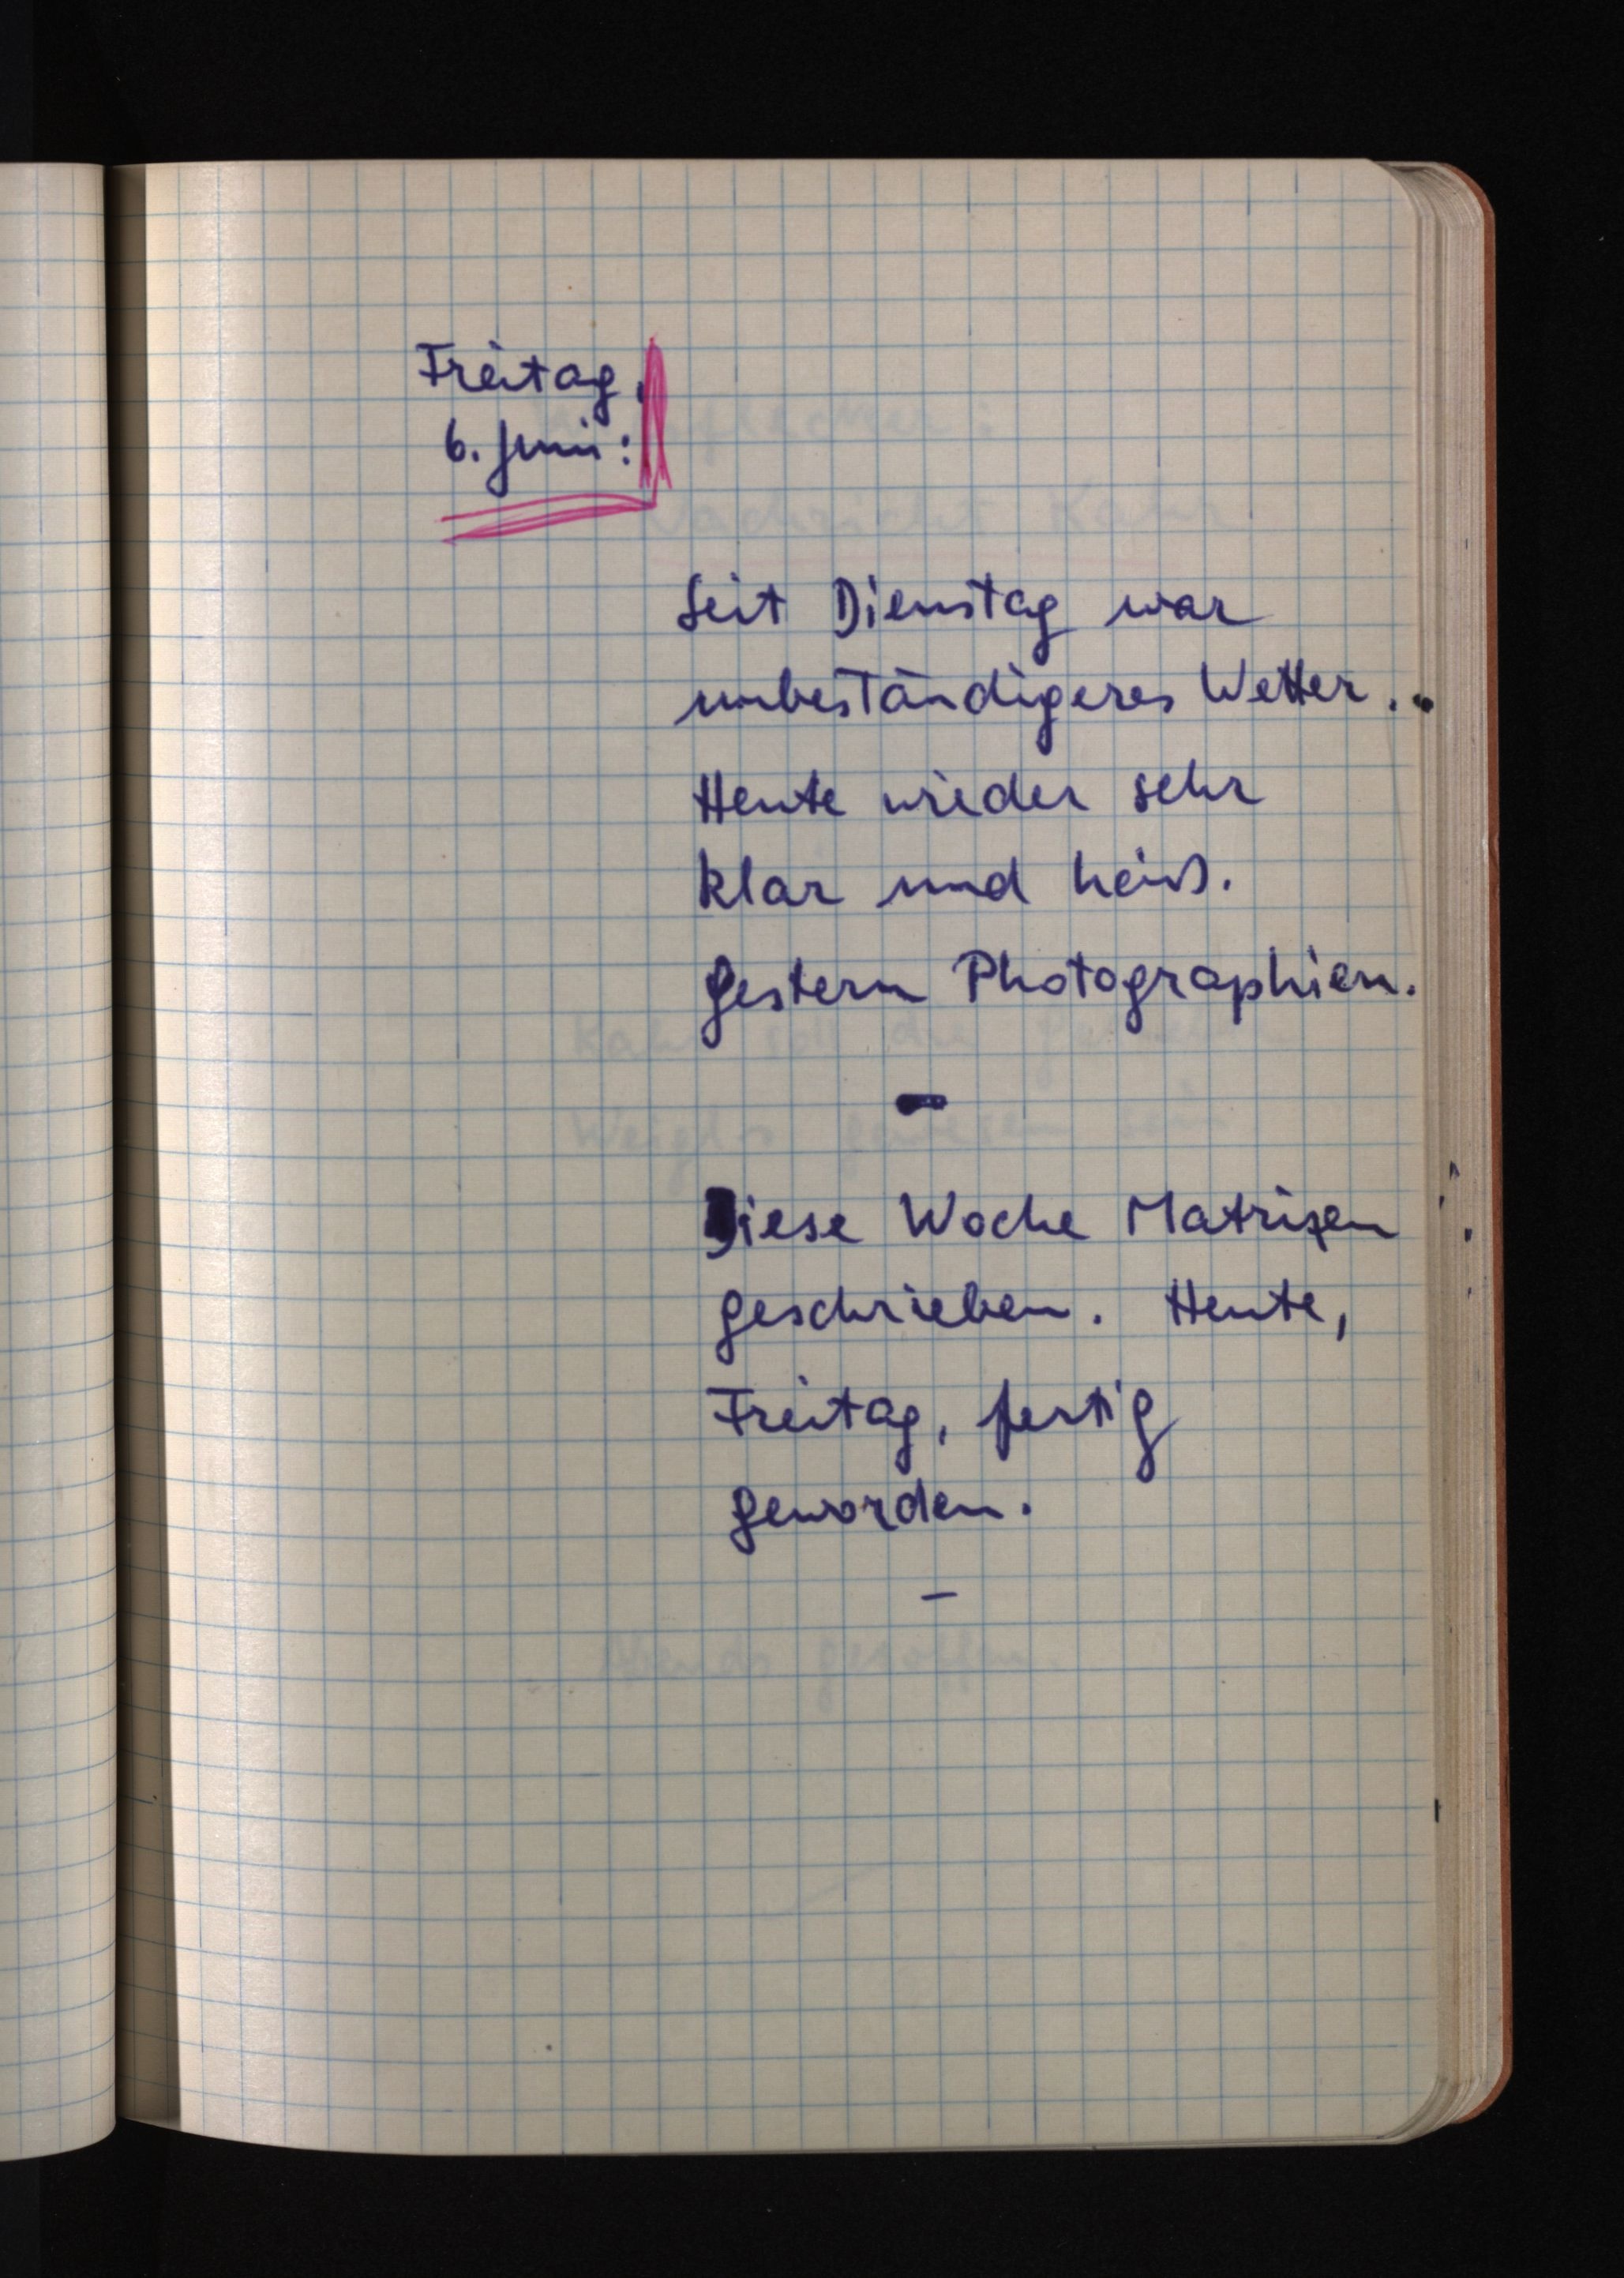
Freitag,
6. Juni:
Seit Dienstag war
unbeständigeres Wetter.
Heute wieder sehr
klar und heiß.
Gestern Photographien.
Diese Woche Matrizen
geschrieben. Heute,
Freitag, fertig
geworden.